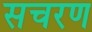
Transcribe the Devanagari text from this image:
सचरण